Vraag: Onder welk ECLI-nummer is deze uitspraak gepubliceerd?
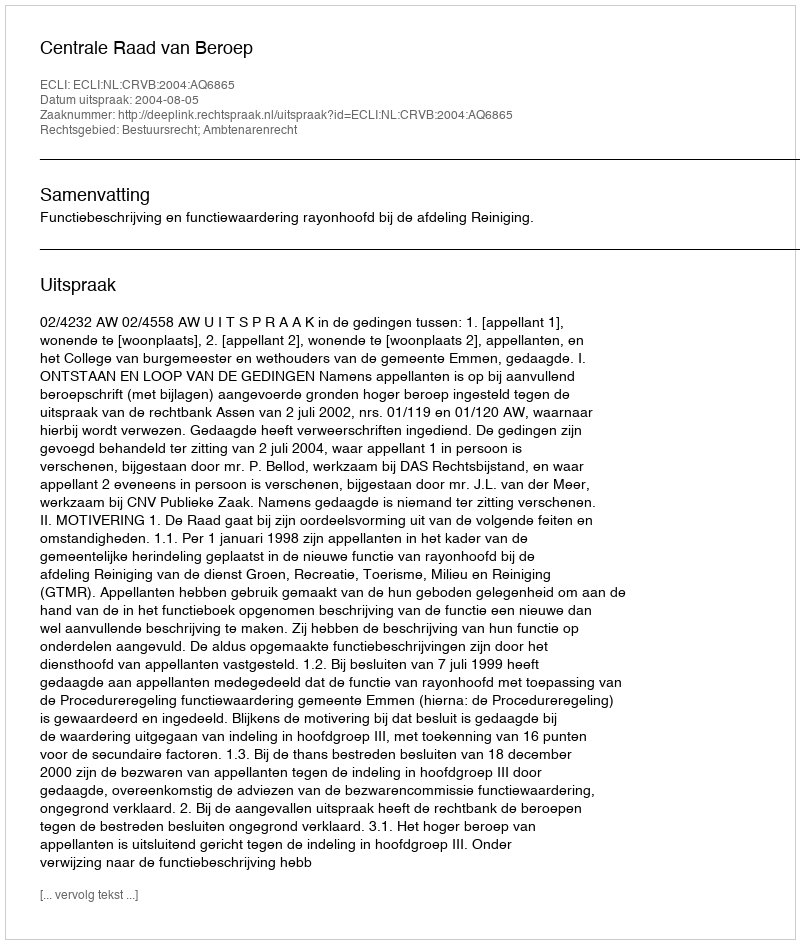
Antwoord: ECLI:NL:CRVB:2004:AQ6865